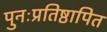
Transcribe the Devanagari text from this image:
पुनःप्रतिष्ठापित